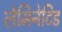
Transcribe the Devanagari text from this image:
लेमिनेटिड